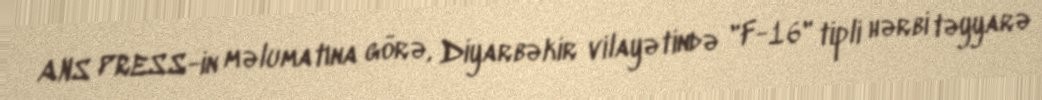
ANS PRESS-in məlumatına görə, Diyarbəkir vilayətində "F-16" tipli hərbi təyyarə